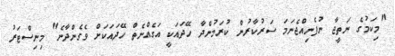
"މިކަމުގެ ނަތީޖާ ނުފެނިއްޖެނަމަ ސަރުކާރުން ކުރަމުންދާ ހޭދައަކީ އަގެއްނެތް ހޭދައަކަށް ވެގެންދާނެ" މިނިސްޓަރު